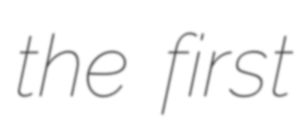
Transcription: the first